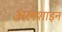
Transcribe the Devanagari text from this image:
अलशाइन